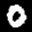
Label: 0